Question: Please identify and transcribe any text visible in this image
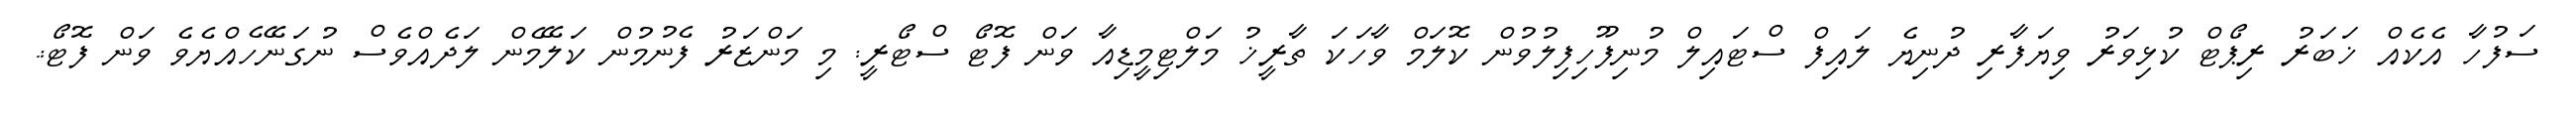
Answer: ސަފުހާ އެކެއް ޚަބަރު ރިޕޯޓް ކުޅިވަރު ވިޔަފާރި ދުނިޔެ ލައިފް ސްޓައިލް މުނިފޫހިފިލުވުން ކޮލަމް ވާހަކަ ތާރީޚު މަލްޓިމީޑިއާ ވަން ފޮޓޯ ސްޓޯރީ: މި މަންޒަރު ފެނުމުން ކަލޭމެން ލަދެއްވެސް ނުގަނޭހެއްޔެވެ ވަން ފޮޓޯ:.